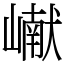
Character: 𪩘